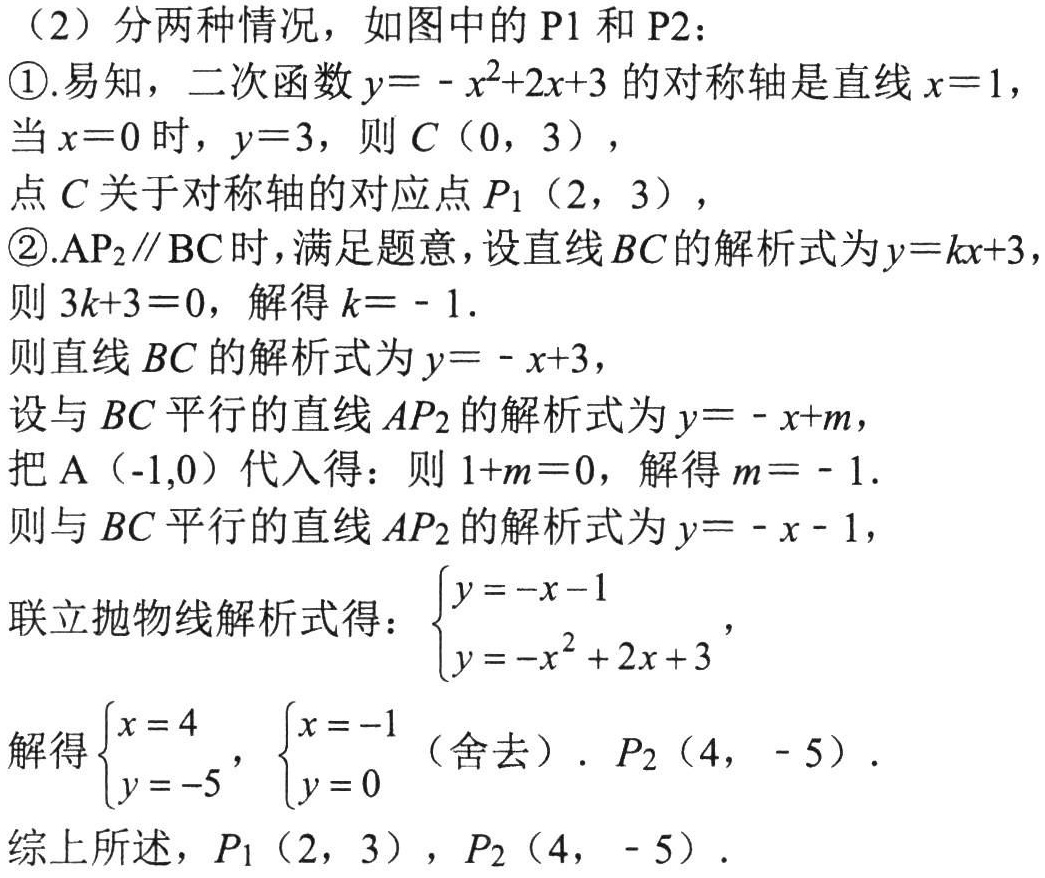
（2）分两种情况，如图中的 \(P1\) 和 \(P2\)：
\textcircled{1}.易知，二次函数 \(y = -x^{2}+2x + 3\) 的对称轴是直线 \(x = 1\)，当 \(x = 0\) 时，\(y = 3\)，则 \(C(0,3)\)，点 \(C\) 关于对称轴的对应点 \(P_{1}(2,3)\)，
\textcircled{2}.\(AP_{2}\parallel BC\) 时，满足题意，设直线 \(BC\) 的解析式为 \(y = kx + 3\)，则 \(3k + 3 = 0\)，解得 \(k=-1\).
则直线 \(BC\) 的解析式为 \(y=-x + 3\)，
设与 \(BC\) 平行的直线 \(AP_{2}\) 的解析式为 \(y=-x + m\)，
把 \(A(-1,0)\) 代入得：则 \(1 + m = 0\)，解得 \(m=-1\).
则与 \(BC\) 平行的直线 \(AP_{2}\) 的解析式为 \(y=-x - 1\)，
联立抛物线解析式得：\(\begin{cases}y=-x - 1\\y=-x^{2}+2x + 3\end{cases}\)，
解得\(\begin{cases}x = 4\\y=-5\end{cases}\)，\(\begin{cases}x=-1\\y = 0\end{cases}\)（舍去）. \(P_{2}(4,-5)\).
综上所述，\(P_{1}(2,3)\)，\(P_{2}(4,-5)\).